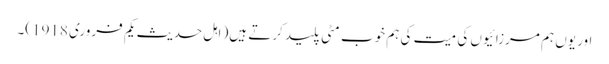
اور یوں ہم مرزائیوں کی میت کی ہم خوب مٹی پلید کرتے ہیں( اہل حدیث یکم فروری 1918)۔